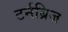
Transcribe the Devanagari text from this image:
टर्नब्रिज